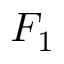
F _ { 1 }